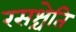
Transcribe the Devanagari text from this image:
रसश्चेति